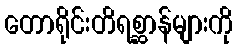
တောရိုင်းတိရစ္ဆာန်များကို